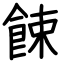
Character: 餗